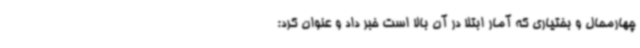
چهارمحال و بختیاری که آمار ابتلا در آن بالا است خبر داد و عنوان کرد: